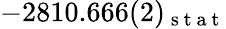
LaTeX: -2810.666(2)_{\mathrm{~s~t~a~t~}}